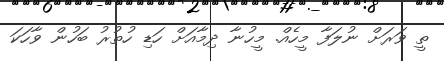
ތީ ވަރަށް ނުލަފާ މީހެއް. މީހުނާ ދިމާއަށް ހަޑި ހުތުރު ބަހުން ވާހަކަ